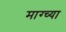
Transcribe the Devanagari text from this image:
माग्च्या